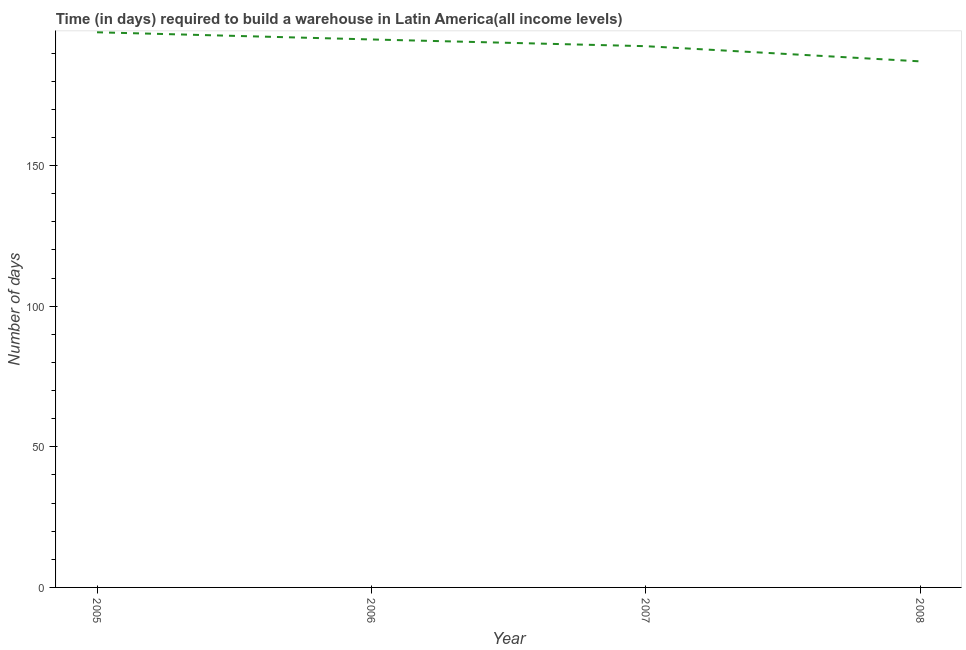
| Year | Time required to build a warehouse |
 | --- | --- |
 | 2005 | 197 |
 | 2006 | 195 |
 | 2007 | 192 |
 | 2008 | 187 |